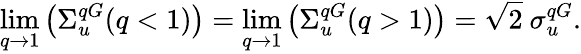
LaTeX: \operatorname*{lim}_{q\to 1}\left(\Sigma_{u}^{qG}(q<1)\right)=\operatorname*{lim}_{q\to 1}\left(\Sigma_{u}^{qG}(q>1)\right)=\sqrt{2}\ \sigma_{u}^{qG}.